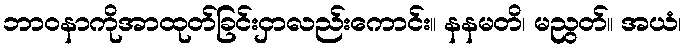
ဘာဝနာကိုအာထုတ်ခြင်းငှာလည်းကောင်း။ နနမတိ၊ မညွတ်။ အယံ၊